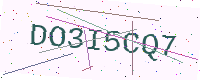
Text: DO3I5CQ7